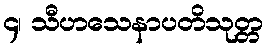
၄၊ သီဟသေနာပတိသုတ္တ